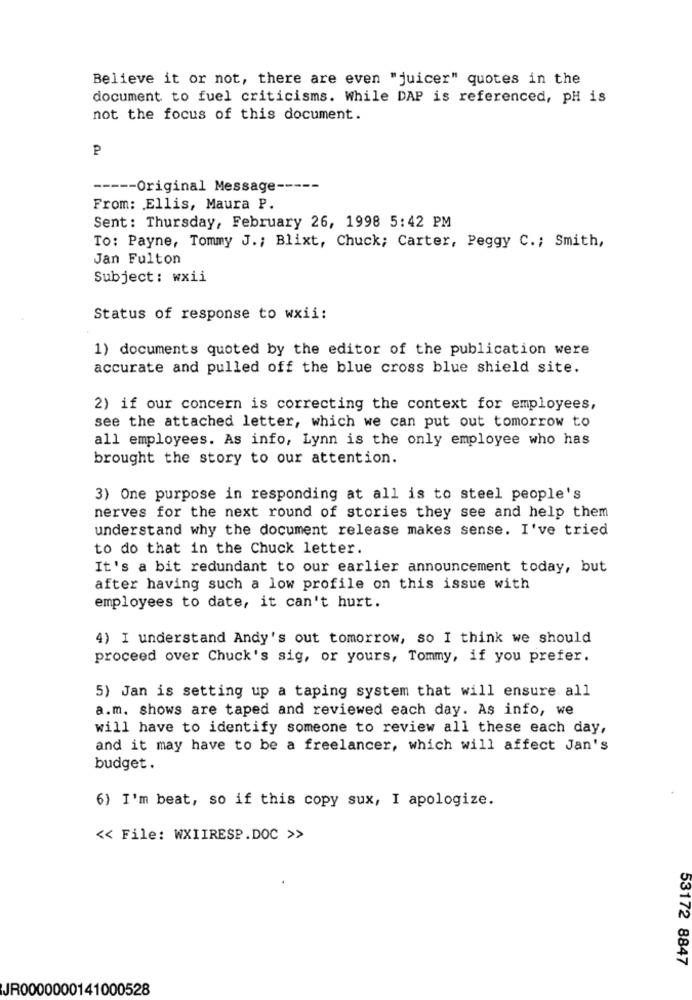
Believe it or not, there are even "juicer" quotes in the
document to fuel criticisms. While DAP is referenced, pH is
not the focus of this document.
P
----- Original Message -----
From: Ellis, Maura P.
Sent: Thursday, February 26, 1998 5:42 PM
To: Payne, Tommy J .; Blixt, Chuck; Carter, Peggy C .; Smith,
Jan Fulton
Subject: wxii
Status of response to wxii:
1) documents quoted by the editor of the publication were
accurate and pulled off the blue cross blue shield site.
2) if our concern is correcting the context for employees,
see the attached letter, which we can put out tomorrow to
all employees. As info, Lynn is the only employee who has
brought the story to our attention.
3) One purpose in responding at all is to steel people's
nerves for the next round of stories they see and help them
understand why the document release makes sense. I've tried
to do that in the Chuck letter.
It's a bit redundant to our earlier announcement today, but
after having such a low profile on this issue with
employees to date, it can't hurt.
4) I understand Andy's out tomorrow, so I think we should
proceed over Chuck's sig, or yours, Tommy, if you prefer.
5) Jan is setting up a taping system that will ensure all
a.m. shows are taped and reviewed each day. As info, we
will have to identify someone to review all these each day,
and it may have to be a freelancer, which will affect Jan's
budget.
6) I'm beat, so if this copy sux, I apologize.
<< File: WXIIRESP.DOC >>
53172 8847
JR0000000141000528